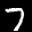
Label: 7